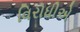
વિરોધીએ